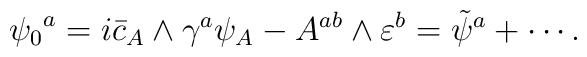
{\psi_0}^a=i\bar c_A\wedge \gamma^a\psi_A-A^{ab}\wedge \varepsilon^b={\tilde\psi}^a+\cdots.